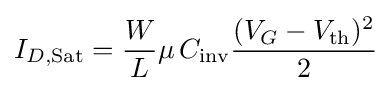
I_{D,{\text{Sat}}}={\frac {W}{L}}\mu \,C_{\text{inv}}{\frac {(V_{G}-V_{\text{th}})^{2}}{2}}